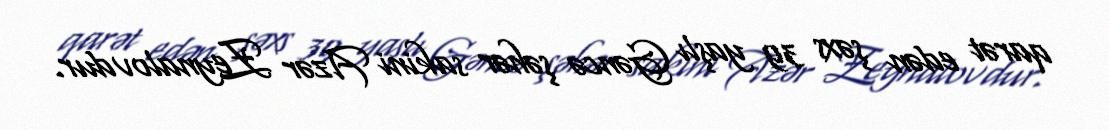
qarət edən şəxs 39 yaşlı Gəncə şəhər sakini Azər Zeynalovdur.